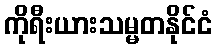
ကိုရီးယားသမ္မတနိုင်ငံ